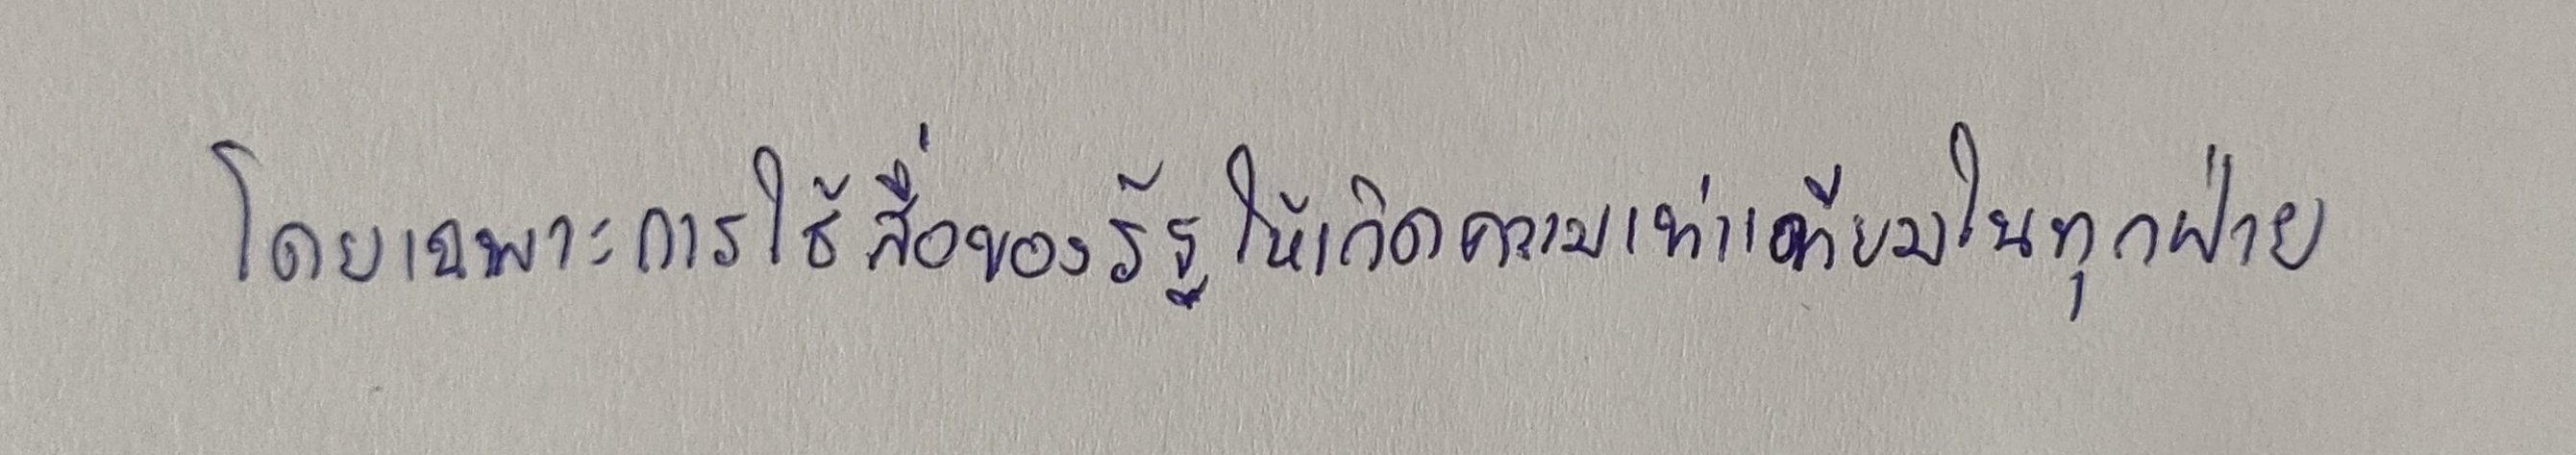
โดยเฉพาะการใช้สื่อของรัฐให้เกิดความเท่าเทียมในทุกฝ่าย